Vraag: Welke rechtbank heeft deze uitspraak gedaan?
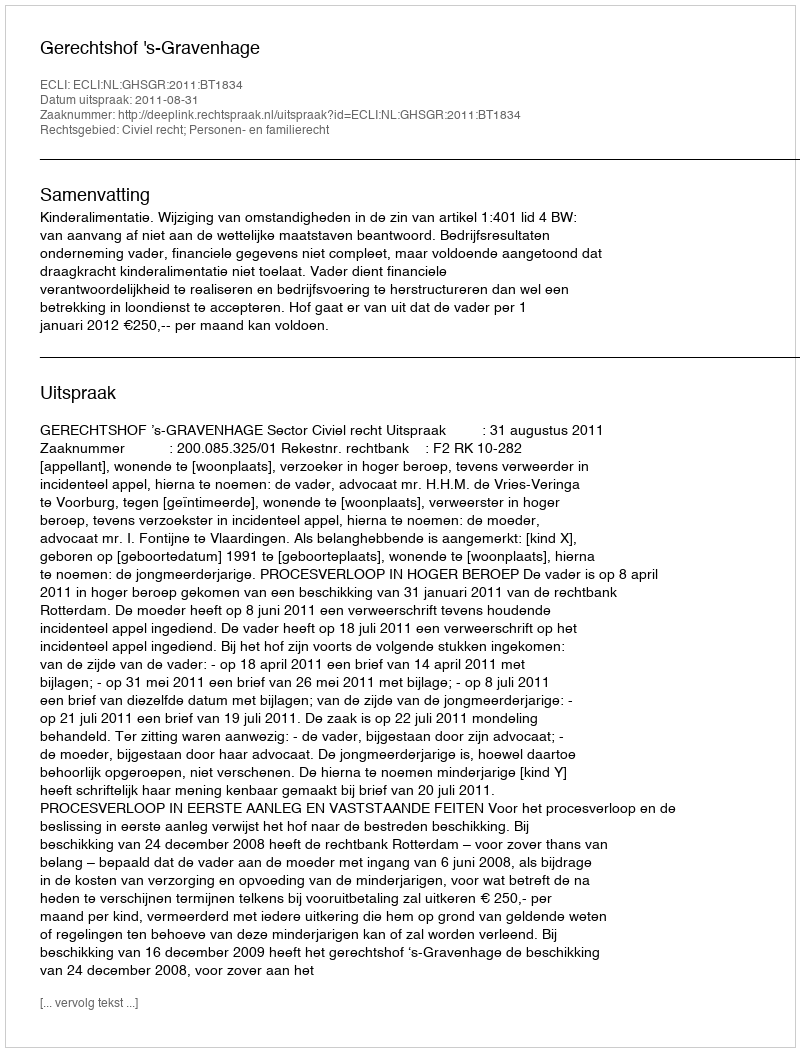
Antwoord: Gerechtshof 's-Gravenhage